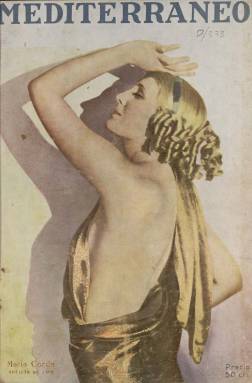
Título: Mediterráneo (Barcelona. 1926)
Colección: Revistas de información general || Espectáculos
Ámbito geográfico: Barcelona
Lugar de publicación: Barcelona
Fechas: 14/04/1928-18/08/1928

Esta revista “semanal ilustrada” (salía los sábados) debió comenzar a publicarse en los primeros días de diciembre de 1926. Su colección en la Biblioteca Nacional de España va del número 72, de 14 de abril de 1928, al 90, de 18 de agosto de 1928. Es un magazín profusamente ilustrado con fotograbados de actualidad, sobre todo de artistas del mundo del cine, el teatro y otros espectáculos, los deportes o los toros, así como de fiestas (como las de San Fermín, Fallas o Semana Santa) y sobre la vida social y de ocio en Madrid, Barcelona y otras provincias españolas, así como de otros países. A ello añade reportajes, también gráficos, sobre paisajes, vistas y espacios monumentales, y textos de creación literaria, en prosa y en verso.

Fue dirigida por el crítico de cine, poeta y dramaturgo López Fernando Martínez de Ribera, que también fue redactor-jefe de la revista barcelonesa Popular film (1926-1937) en sus dos primeros años de vida, y que fallecería en 1947. Su director gráfico fue Mariano F. Portela, que también fue administrador de La Lidia (1914-1930), y contará en torno a cuatro decenas de colaboradores literarios y periodísticos, así como una decena de dibujantes, además de reporteros gráficos.

Sus entregas se acercan al medio centenar de páginas, compuestas a dos y tres columnas, para cuya impresión es usado tanto papel cuché como de prensa, una estampación fotográfica en blanco y negro o en sepia, y una cubierta en cuatricromía, ocupada generalmente por retratos de artistas de cine y del espectáculo, incluidas las internacionales. Cada número tiene además dos portadas y su formato y diseño recuerda al de la citada revista Popular films, y aunque los contenidos de Mediterráneo incluyan también los dedicados al cine, son muy variados. Es, sobre todo, una revista gráfica.

Comienza cada número con unas Crónicas madrileñas, firmadas por Arturo Mori, y ofrece otras sobre los últimos estrenos cinematográficos o teatrales, pero también sobre rodajes con fotogramas procedentes de agencias norteamericanas. Tiene páginas ilustradas dedicadas a figuras de actualidad, con retratos de Martín Durbán y textos firmados por Sorel, o a artistas que triunfan en el mundo del espectáculo, así como otras femeninas y de modas, y las de deportes (regatas, hípica, vela, fútbol, ciclismo, atletismo o tenis) o de arte.

Publica secciones de Actualidad gráfica, que unas veces se refieren a temas concretos (deportes, fiestas, celebraciones, homenajes, inauguraciones, exposiciones o turismo) y otras a ciudades y provincias, como las denominadas Semana gráfica de Vizcaya, de Barcelona, de Madrid o de provincias y otras ciudades españolas, así como a otras extranjeras (europeas o marroquíes). Así mismo, publica otros reportajes gráficos de carácter internacional, como el dedicado al veraneo en las playas norteamericanas. Tiene páginas cómicas o de humor gráfico y otra de pasatiempos (Mesa revuelta). Inserta publicidad comercial.

Para los retratos o dibujos que ilustran sus textos literarios y alguna otra sección biográfica contará con los dibujantes Barradas, Robert, Elías, Ochoa, López Morelló, Farré, R. Casas, Calsina o Nel-lo. En su cuadro de colaboradores aparecen los nombres de José D. Benavides, Gregorio Saugar, Joaquín Ciervo, Ángel Samblancat, Santiago Íbero, Ángel Marsá, Ceferino Avecilla, Mario Castejón, Máximo Silvio o Mateo Santos, entre otros, de un largo número de literatos y periodistas. Editó también números extraordinarios, como el dedicado a las bodas de plata del rey Alfonso XIII (mayo de 1927) o a la ciudad de Barcelona (julio de 1927).